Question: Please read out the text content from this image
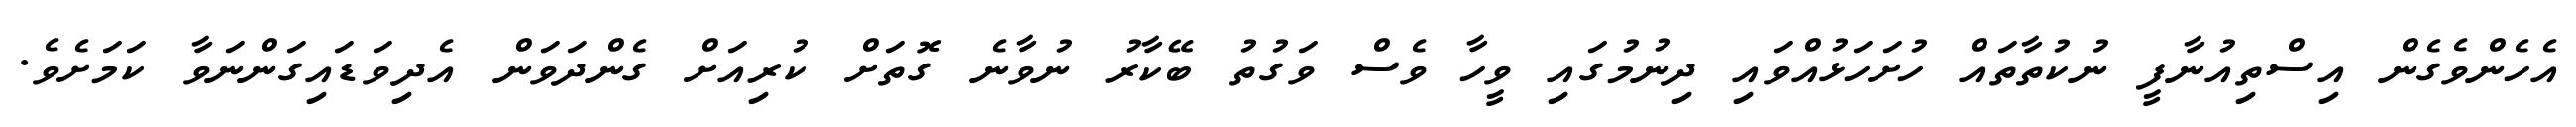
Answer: އެހެންވެގެން އިސްތިއުނާފީ ނުކުތާތައް ހުށަހަޅުއްވައި ދިނުމުގައި ވީހާ ވެސް ވަގުތު ބޭކާރު ނުވާނެ ގޮތަށް ކުރިއަށް ގެންދަވަން އެދިވަޑައިގަންނަވާ ކަމަށެވެ.